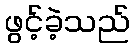
ဖွင့်ခဲ့သည်